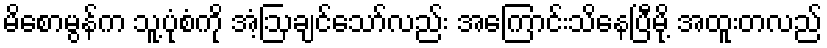
မိစောမွန်က သူ့ပုံစံကို အံ့ဩချင်သော်လည်း အကြောင်းသိနေပြီမို့ အထူးတလည်